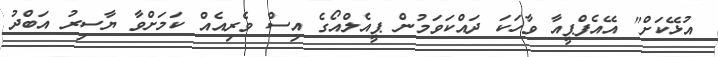
އުޅޭކަށް" އޭއެފްޕީއާ ވާހަކަ ދައްކަވަމުން ޕީއެލްއޯގެ އިސް ވެރިއެއް ކަމަށްވާ ޔާސިރު އަބްދު